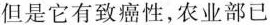
但是它有致癌性，农业部已